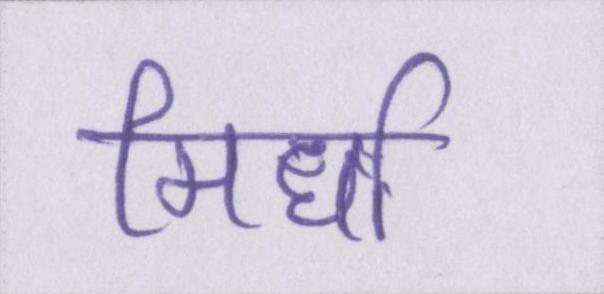
मिर्धा